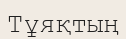
Тұяқтың